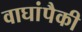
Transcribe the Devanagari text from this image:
वाघांपैकी